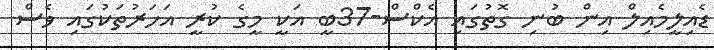
ޑެއިލީމެއިލް އިން ބުނި ގޮތުގައި އެކްސް-37ބީ އަކީ މީގެ ކުރީ އަހަރުތަކުގައި ވެސް